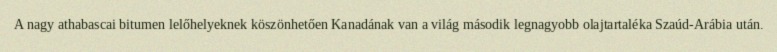
A nagy athabascai bitumen lelőhelyeknek köszönhetően Kanadának van a világ második legnagyobb olajtartaléka Szaúd-Arábia után.